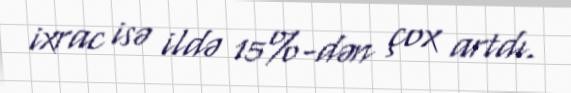
ixrac isə ildə 15%-dən çox artdı.